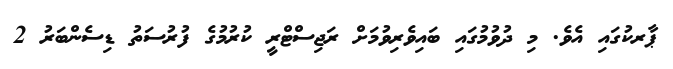
ޕާރކުގައި އެވެ. މި ދުވުމުގައި ބައިވެރިވުމަށް ރަޖިސްޓްރީ ކުރުމުގެ ފުރުސަތު ޑިސެންބަރު 2